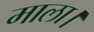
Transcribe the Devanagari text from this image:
माला।